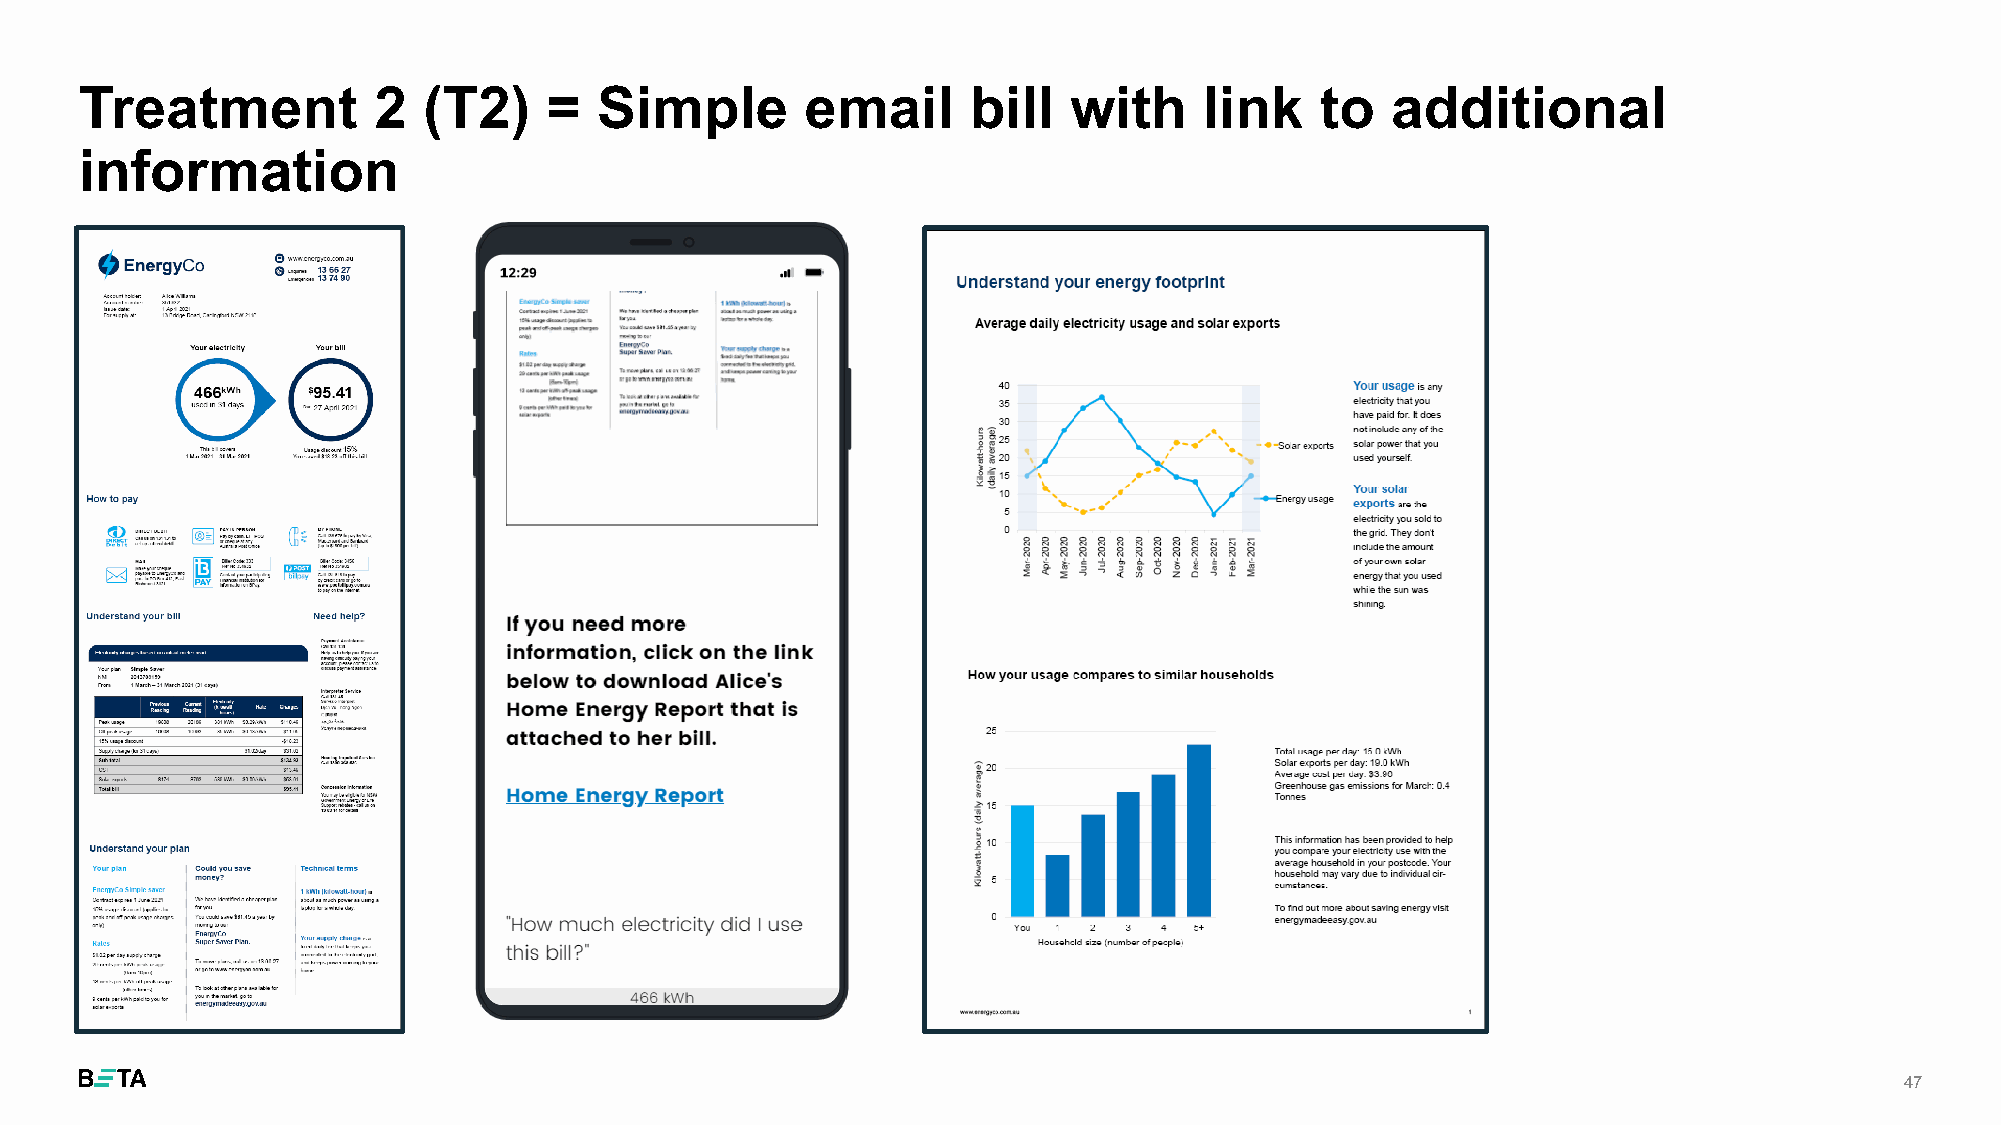
Treatment           2  (T2)    =   Simple       email      bill   with     link   to   additional
 information
 47